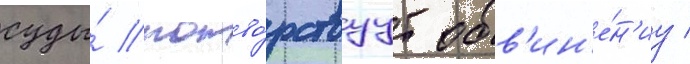
суды́ потво́рствуут обв'ин'е́н'иу /